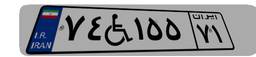
۱۳W۹۰۷۲۳